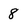
Character: 8